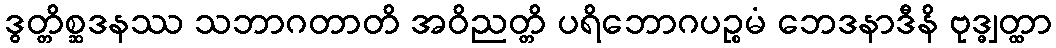
ဒွတ္တိစ္ဆဒနဿ သဘာဂတာတိ အဝိညတ္တိ ပရိဘောဂပဉ္စမံ ဘေဒနာဒီနိ ဗုဒ္ဓျတ္ထာ